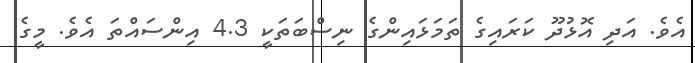
އެވެ. އަދި އޮޅުދޫ ކަރައިގެ ތަމަޅައިންގެ ނިސްބަތަކީ 4.3 އިންސައްތަ އެވެ. މީގެ